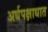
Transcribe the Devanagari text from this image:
अर्धपक्षाधात